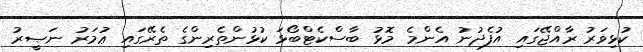
ކުޅިވަރު ރާއްޖޭގައި އުފެދުނު އެންމެ މޮޅު ބާސްކެޓްބޯޅަ ކުޅުންތެރިންގެ ތެރޭގައި ޢުމަރު ނަޞީރު